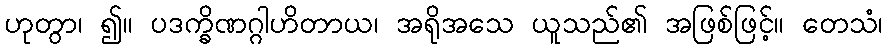
ဟုတွာ၊ ၍။ ပဒက္ခိဏဂ္ဂါဟိတာယ၊ အရိုအသေ ယူသည်၏ အဖြစ်ဖြင့်။ တေသံ၊